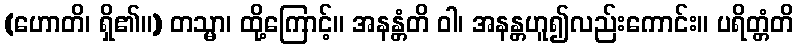
(ဟောတိ၊ ရှိ၏။) တသ္မာ၊ ထို့ကြောင့်။ အနန္တံတိ ဝါ၊ အနန္တဟူ၍လည်းကောင်း။ ပရိတ္တံတိ